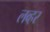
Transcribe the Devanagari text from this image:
लव्हर